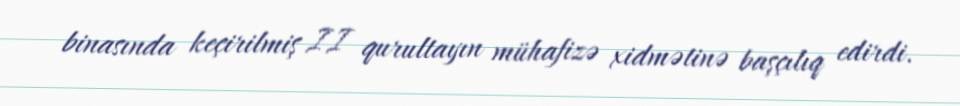
binasında keçirilmiş II qurultayın mühafizə xidmətinə başçılıq edirdi.